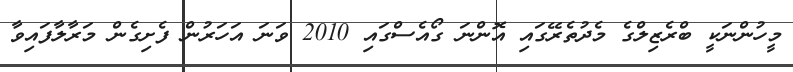
މީހުންނަކީ ބްރެޒިލްގެ މެދުތެރޭގައި އޮންނަ ގޯއެސްގައި 2010 ވަނަ އަހަރުން ފެށިގެން މަރާލާފައިވާ